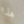
هذا